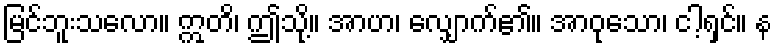
မြင်ဘူးသလော။ ဣတိ၊ ဤသို့။ အာဟ၊ လျှောက်၏။ အာဝုသော၊ ငါ့ရှင်။ န